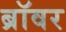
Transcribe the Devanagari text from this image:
ब्रॉवर